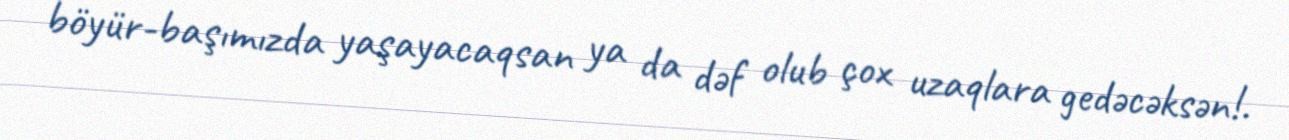
böyür-başımızda yaşayacaqsan ya da dəf olub çox uzaqlara gedəcəksən!.